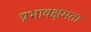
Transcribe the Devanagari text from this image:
प्रभावक्षमता